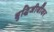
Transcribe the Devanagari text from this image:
बुद्धिजीवींवर